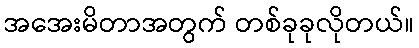
အအေးမိတာအတွက် တစ်ခုခုလိုတယ်။